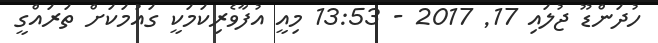
ހުދަންޑޫ ޖުލައި 17